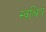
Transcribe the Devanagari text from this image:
स्वश्रियं